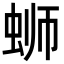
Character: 蛳